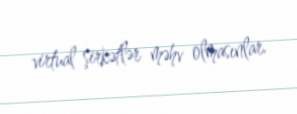
virtual şirkətlər məhv olmasınlar.